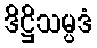
ဒိဋ္ဌိသမ္ပဒံ